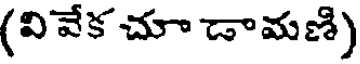
(వివేక చూ డామణి)